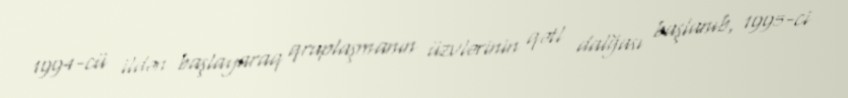
1994-cü ildən başlayaraq qruplaşmanın üzvlərinin qətl dalğası başlanıb, 1995-ci